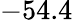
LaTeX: -54.4